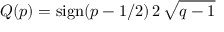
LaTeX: Q ( p ) = \operatorname { s i g n } ( p - 1 / 2 ) \, 2 \, { \sqrt { q - 1 } }